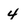
Character: 4